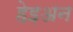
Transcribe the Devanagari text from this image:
हेइअन